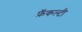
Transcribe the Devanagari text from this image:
फ़ॅकल्टी